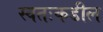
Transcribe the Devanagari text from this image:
स्वतःकडील